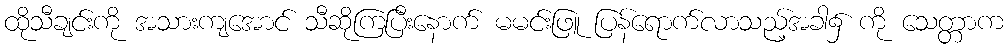
ထိုသီချင်းကို အသားကျအောင် သီဆိုကြပြီးနောက် မမင်းဖြူ ပြန်ရောက်လာသည့်အခါ၌ ကို သေတ္တာက